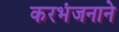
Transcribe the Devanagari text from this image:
करभंजनाने